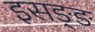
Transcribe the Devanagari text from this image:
इसङ्ङ